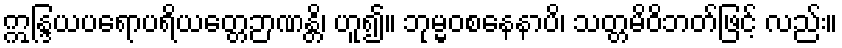
ဣန္ဒြယပရောပရိယတ္တေဉာဏန္တိ၊ ဟူ၍။ ဘုမ္မဝစနေနာပိ၊ သတ္တမိဝိဘတ်ဖြင့် လည်း။